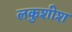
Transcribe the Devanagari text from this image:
लकुशीश